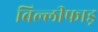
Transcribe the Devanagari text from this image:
बिल्लीफाड़